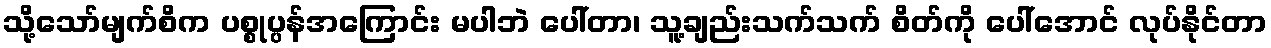
သို့သော်မျက်စိက ပစ္စုပ္ပန်အကြောင်း မပါဘဲ ပေါ်တာ၊ သူ့ချည်းသက်သက် စိတ်ကို ပေါ်အောင် လုပ်နိုင်တာ